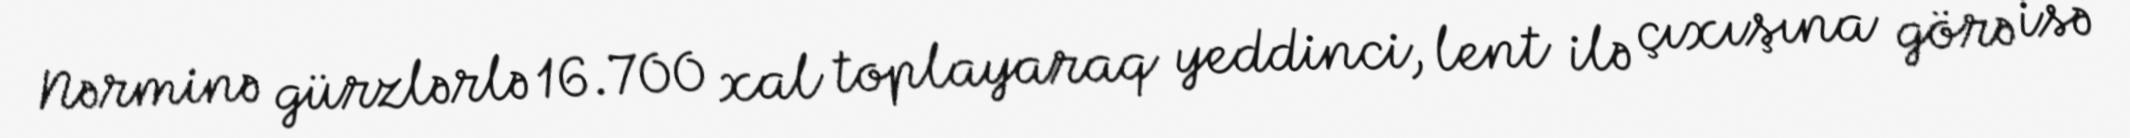
Nərminə gürzlərlə 16.700 xal toplayaraq yeddinci, lent ilə çıxışına görə isə